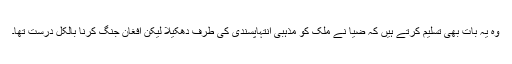
وہ یہ بات بھی تسلیم کرتے ہیں کہ ضیا نے ملک کو مذہبی انتہاپسندی کی طرف دھکیلا لیکن افغان جنگ کرنا بالکل درست تھا۔